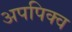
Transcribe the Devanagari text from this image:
अपपिक्व